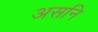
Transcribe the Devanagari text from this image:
असनि